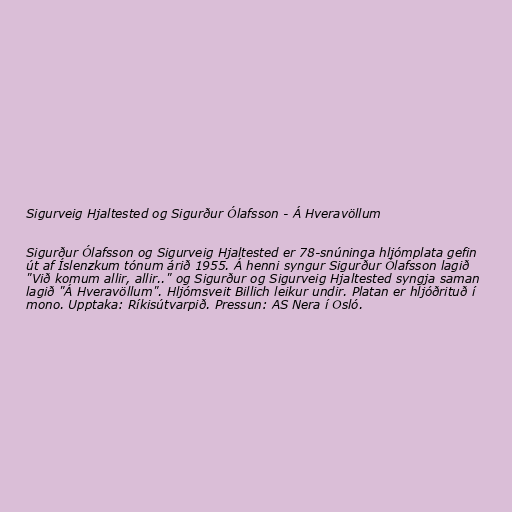
Sigurveig Hjaltested og Sigurður Ólafsson - Á Hveravöllum

Sigurður Ólafsson og Sigurveig Hjaltested er 78-snúninga hljómplata gefin
út af Íslenzkum tónum árið 1955. Á henni syngur Sigurður Ólafsson lagið
"Við komum allir, allir.." og Sigurður og Sigurveig Hjaltested syngja saman
lagið "Á Hveravöllum". Hljómsveit Billich leikur undir. Platan er hljóðrituð í
mono. Upptaka: Ríkisútvarpið. Pressun: AS Nera í Osló.